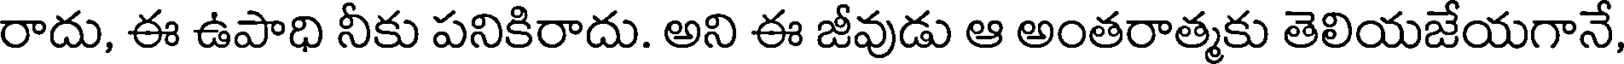
రాదు, ఈ ఉపాధి నీకు పనికిరాదు. అని ఈ జీవుడు ఆ అంతరాత్మకు తెలియజేయగానే